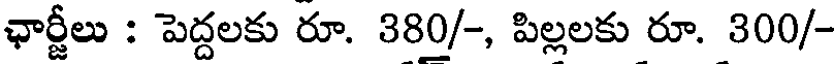
ఛార్జీలు : పెద్దలకు రూ. 380/-, పిల్లలకు రూ. 300/-